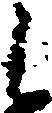
候